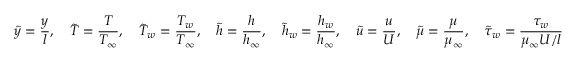
{ \tilde { y } } = { \frac { y } { l } } , \quad { \tilde { T } } = { \frac { T } { T _ { \infty } } } , \quad { \tilde { T } } _ { w } = { \frac { T _ { w } } { T _ { \infty } } } , \quad { \tilde { h } } = { \frac { h } { h _ { \infty } } } , \quad { \tilde { h } } _ { w } = { \frac { h _ { w } } { h _ { \infty } } } , \quad { \tilde { u } } = { \frac { u } { U } } , \quad { \tilde { \mu } } = { \frac { \mu } { \mu _ { \infty } } } , \quad { \tilde { \tau } } _ { w } = { \frac { \tau _ { w } } { \mu _ { \infty } U / l } }